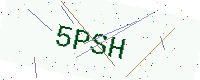
Text: 5PSH